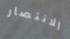
الانتصار